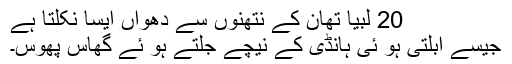
20 لبیا تھان کے نتھنوں سے دُھواں ایسا نکلتا ہے
جیسے اُبلتی ہو ئی ہانڈی کے نیچے جلتے ہو ئے گھاس پھوس۔